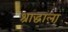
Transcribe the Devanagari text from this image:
श्राद्धाला